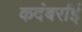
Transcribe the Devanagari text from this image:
कदंबर्राई